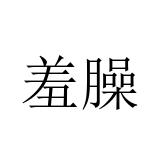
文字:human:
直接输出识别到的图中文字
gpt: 羞臊